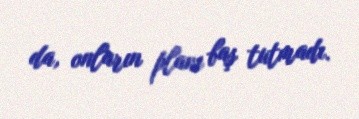
da, onların planı baş tutmadı.